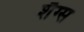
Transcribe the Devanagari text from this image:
शैग्स